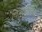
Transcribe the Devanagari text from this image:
विहीरींच्या